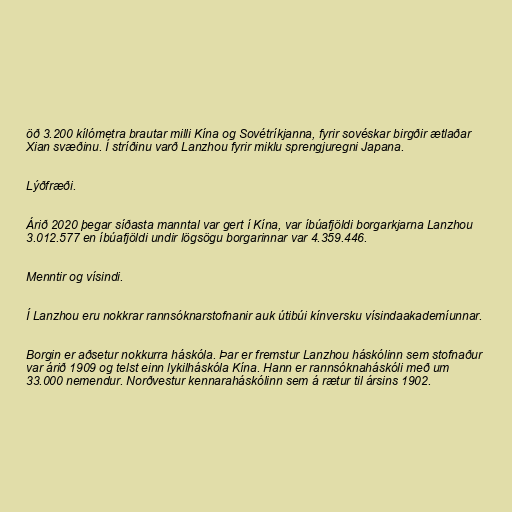
öð 3.200 kílómetra brautar milli Kína og Sovétríkjanna, fyrir sovéskar birgðir ætlaðar
Xian svæðinu. Í stríðinu varð Lanzhou fyrir miklu sprengjuregni Japana.

Lýðfræði.

Árið 2020 þegar síðasta manntal var gert í Kína, var íbúafjöldi borgarkjarna Lanzhou
3.012.577 en íbúafjöldi undir lögsögu borgarinnar var 4.359.446.

Menntir og vísindi.

Í Lanzhou eru nokkrar rannsóknarstofnanir auk útibúi kínversku vísindaakademíunnar.

Borgin er aðsetur nokkurra háskóla. Þar er fremstur Lanzhou háskólinn sem stofnaður
var árið 1909 og telst einn lykilháskóla Kína. Hann er rannsóknaháskóli með um
33.000 nemendur. Norðvestur kennaraháskólinn sem á rætur til ársins 1902.